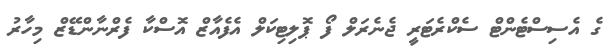
ގެ އެސިސްޓެންޓް ސެކްރެޓަރީ ޖެނެރަލް ފޯ ޕޮލިޓިކަލް އެފެއާޒް އޮސްކާ ފެރްނާންޑޭޒް މިހާރު